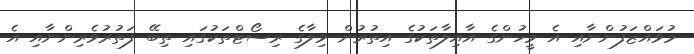
މުވައްޒަފުންނާއި އެ މީހުންގެ އާއިލާތަކުގެ އިތުރުން ވިލާގެ ރިސޯޓްތަކުގައި ތިބޭ ފަތުރުވެރިންނާއި އެ